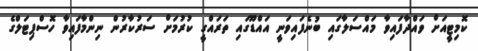
ކޮމިޓީއަށް ވައްދާފައިވާ މައްސަލާގައި ބުނެފައިވަނީ އައްޑޫގައި ތަރައްގީ ކުރުމަށް ސަރުކާރުން ނިންމާފައިވާ ހޮސްޕިޓަލްގެ